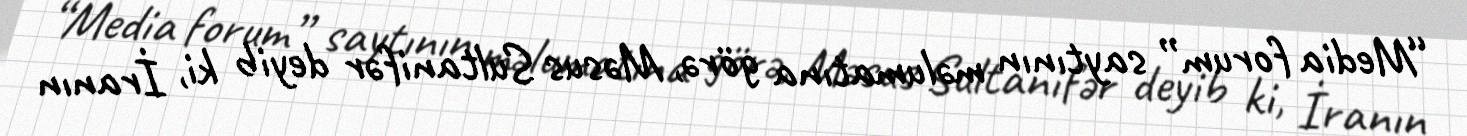
“Media forum” saytının məlumatına görə, Məsus Sultanifər deyib ki, İranın